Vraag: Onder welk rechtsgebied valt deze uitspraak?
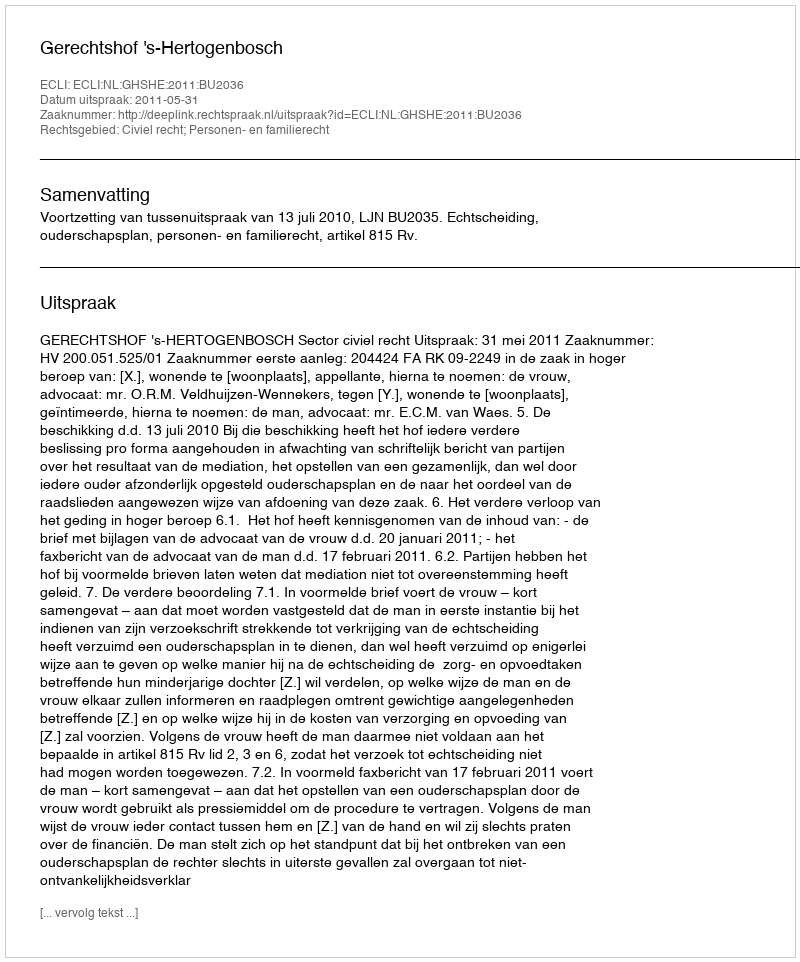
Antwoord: Civiel recht; Personen- en familierecht